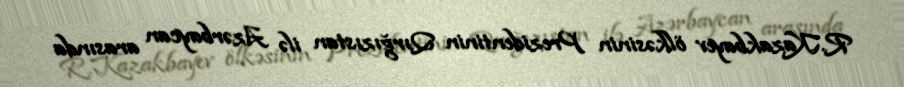
R.Kazakbayev ölkəsinin Prezidentinin Qırğızıstan ilə Azərbaycan arasında